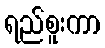
ရည်စူးကာ